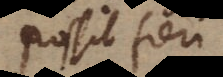
possit fieri